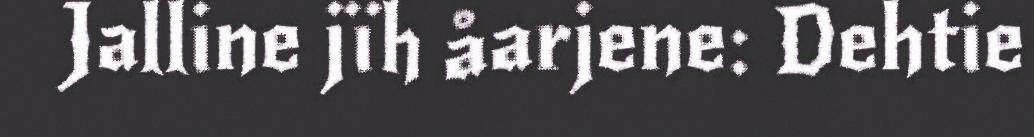
Jalline jïh åarjene: Dehtie